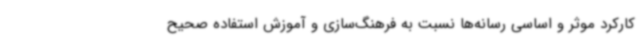
کارکرد موثر و اساسی رسانه‌ها نسبت به فرهنگ‌سازی و آموزش استفاده صحیح